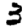
Digit: 3